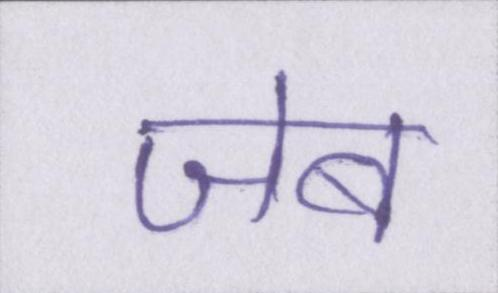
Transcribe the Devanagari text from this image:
जेब